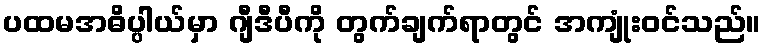
ပထမအဓိပ္ပါယ်မှာ ဂျီဒီပီကို တွက်ချက်ရာတွင် အကျုံးဝင်သည်။